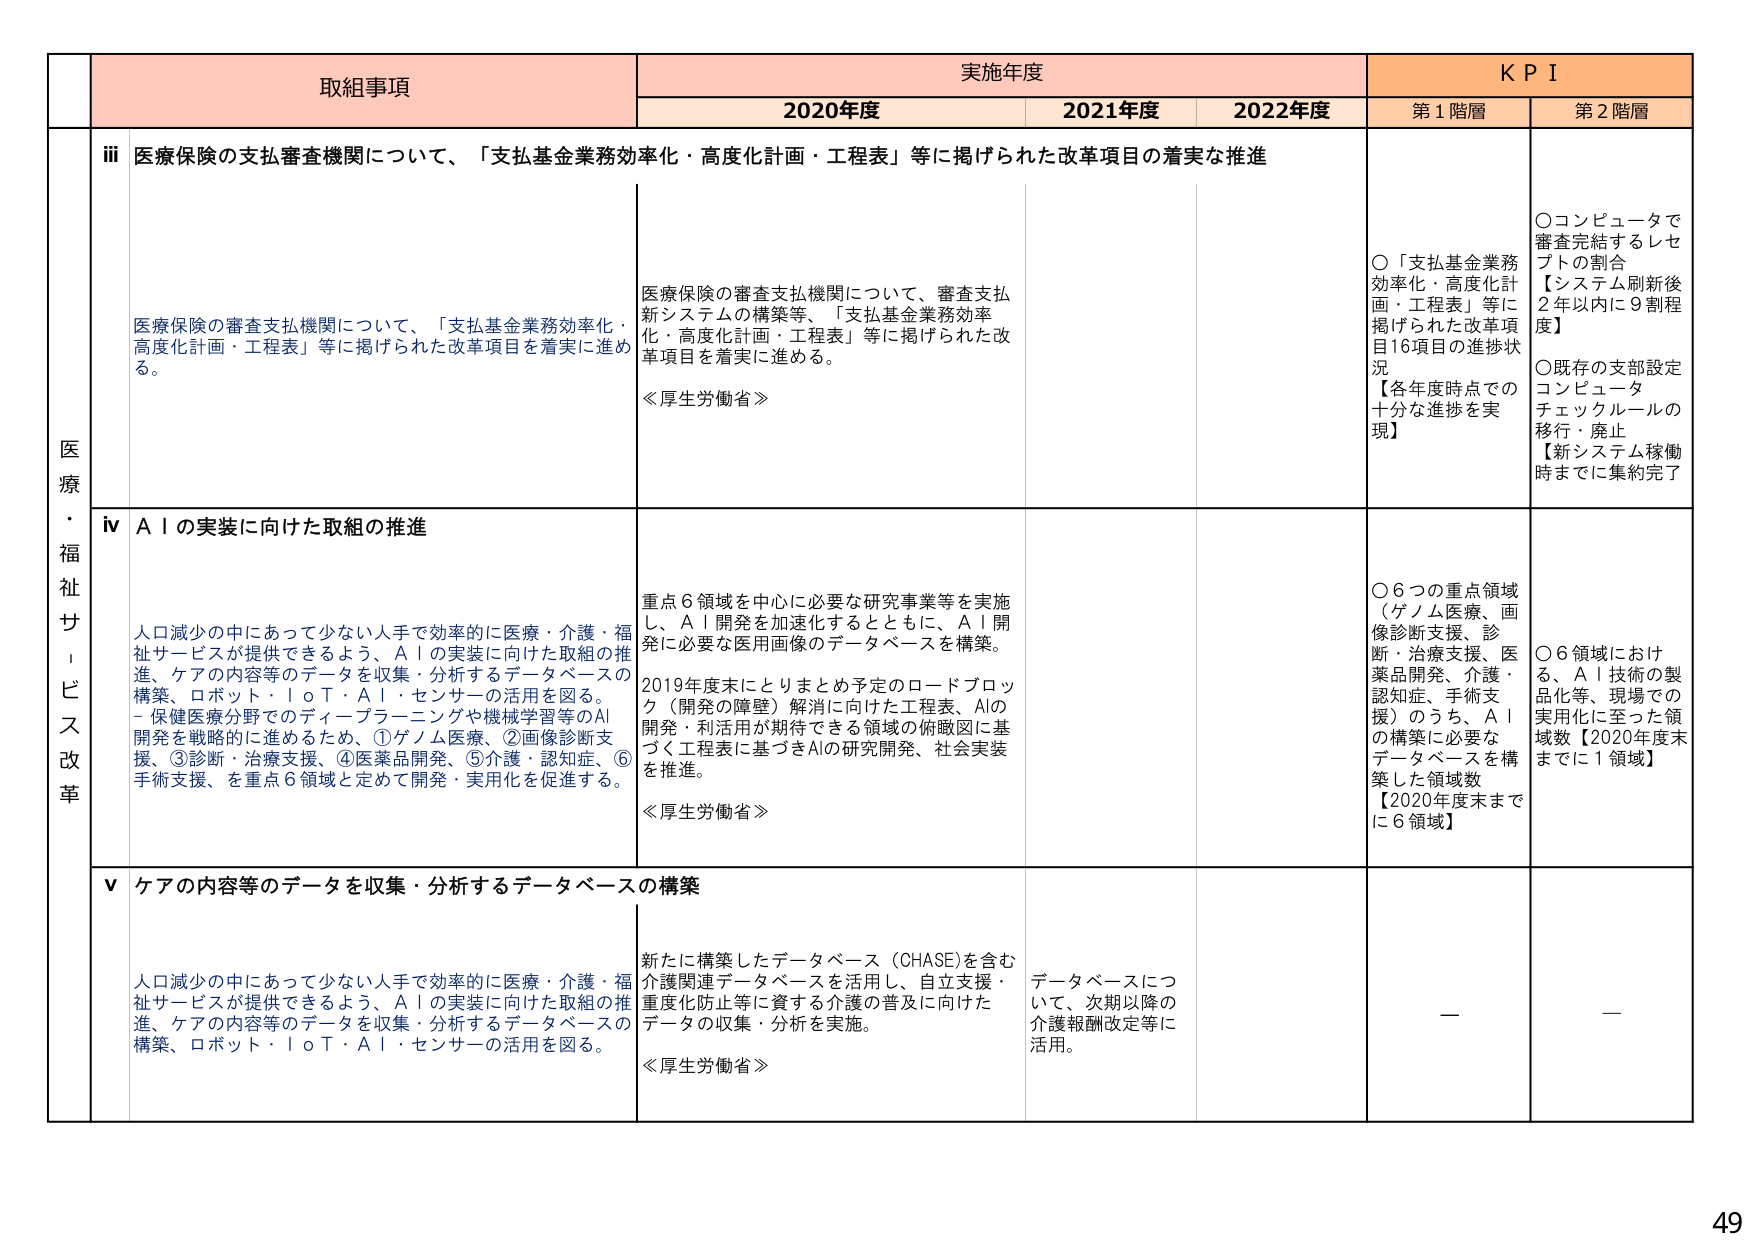
医療・福祉サービス改革

取組事項

iii 医療保険の支払審査機関について、「支払基金業務効率化・高度化計画・工程表」等に掲げられた改革項目の着実な推進

医療保険の審査支払機関について、「支払基金業務効率化・高度化計画・工程表」等に掲げられた改革項目を着実に進める。

iv AIの実装に向けた取組の推進

人口減少の中であって少ない人手で効率的に医療・介護・福祉サービスが提供できるよう、AIの実装に向けた取組の推進、ケアの内容等のデータを収集・分析するデータベースの構築、ロボット・IoT・AI・センサーの活用を図る。
- 保健医療分野でのディープラーニングや機械学習等のAI開発を戦略的に進めるため、①ゲノム医療、②画像診断支援、③診断・治療支援、④医薬品開発、⑤介護・認知症、⑥手術支援、を重点6領域と定めて開発・実用化を促進する。

v ケアの内容等のデータを収集・分析するデータベースの構築

人口減少の中であって少ない人手で効率的に医療・介護・福祉サービスが提供できるよう、AIの実装に向けた取組の推進、ケアの内容等のデータを収集・分析するデータベースの構築、ロボット・IoT・AI・センサーの活用を図る。

実施年度

2020年度
医療保険の審査支払機関について、審査支払新システムの構築等、「支払基金業務効率化・高度化計画・工程表」等に掲げられた改革項目を着実に進める。
≪厚生労働省≫

重点6領域を中心に必要な研究事業等を実施し、AI開発を加速化するとともに、AI開発に必要な医用画像のデータベースを構築。
2019年度末にとりまとめ予定のロードブロック（開発の障壁）解消に向けた工程表、AIの開発・利活用が期待できる領域の俯瞰図に基づく工程表に基づきAIの研究開発、社会実装を推進。
≪厚生労働省≫

新たに構築したデータベース（CHASE）を含む介護関連データベースを活用し、自立支援・重度化防止等に資する介護の普及に向けたデータの収集・分析を実施。
≪厚生労働省≫

2021年度

2022年度
データベースについて、次期以降の介護報酬改定等に活用。

KPI

第1階層
○「支払基金業務効率化・高度化計画・工程表」等に掲げられた改革項目16項目の進捗状況
【各年度時点での十分な進捗を実現】

○6つの重点領域（ゲノム医療、画像診断支援、診断・治療支援、医薬品開発、介護・認知症、手術支援）のうち、AIの構築に必要なデータベースを構築した領域数
【2020年度末までに6領域】

—

第2階層
○コンピュータで審査完結するレセプトの割合
【システム刷新後2年以内に9割程度】

○既存の支部設定コンピュータチェックルールの移行・廃止
【新システム稼働時までに集約完了】

○6領域における、AI技術の製品化等、現場での実用化に至った領域数【2020年度末までに1領域】

—

49